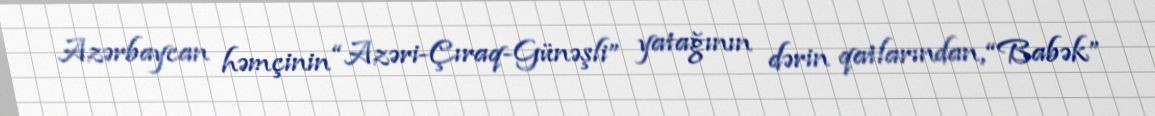
Azərbaycan həmçinin “Azəri-Çıraq-Günəşli” yatağının dərin qatlarından, “Babək”